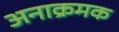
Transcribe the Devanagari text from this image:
अनाक्रमक